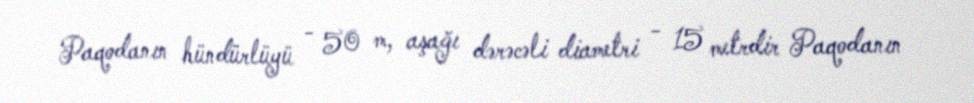
Paqodanın hündürlüyü - 50 m, aşağı dərəcəli diametri - 15 metrdir Paqodanın